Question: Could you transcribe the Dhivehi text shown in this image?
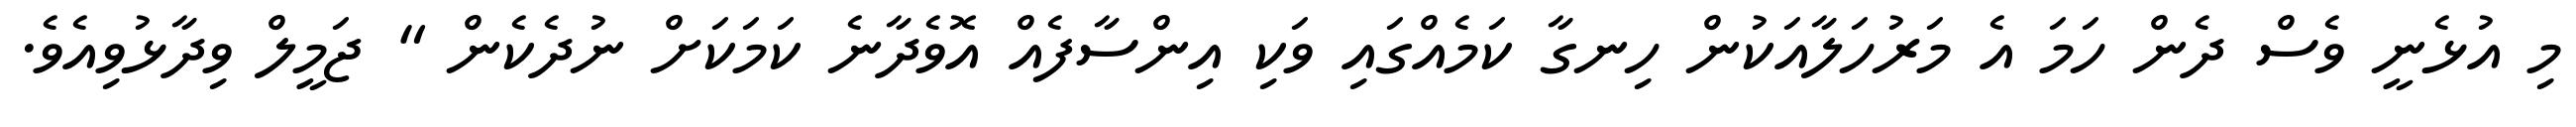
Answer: މި އުޅެނީ ވެސް ދެން ހަމަ އެ މަރުހަލާއަކުން ހިނގާ ކަމެއްގައި ވަކި އިންސާފެއް އޮވެދާނެ ކަމަކަށް ނުދެކެން " ޖަމީލް ވިދާޅުވިއެވެ.